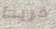
فريدا